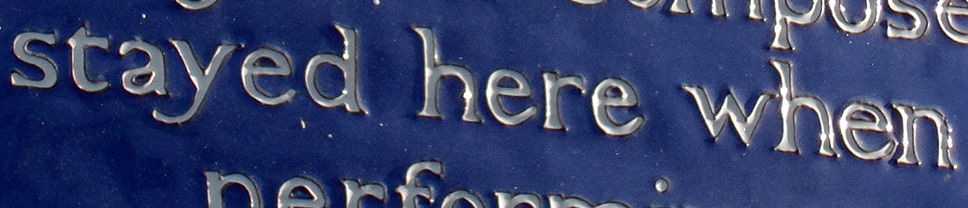
stayed here when